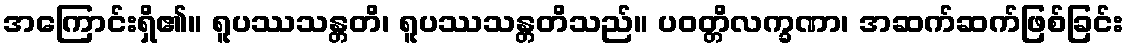
အကြောင်းရှိ၏။ ရူပဿသန္တတိ၊ ရူပဿသန္တတိသည်။ ပဝတ္တိလက္ခဏာ၊ အဆက်ဆက်ဖြစ်ခြင်း